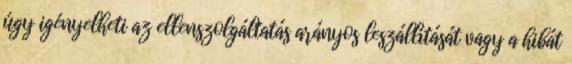
úgy igényelheti az ellenszolgáltatás arányos leszállítását vagy a hibát